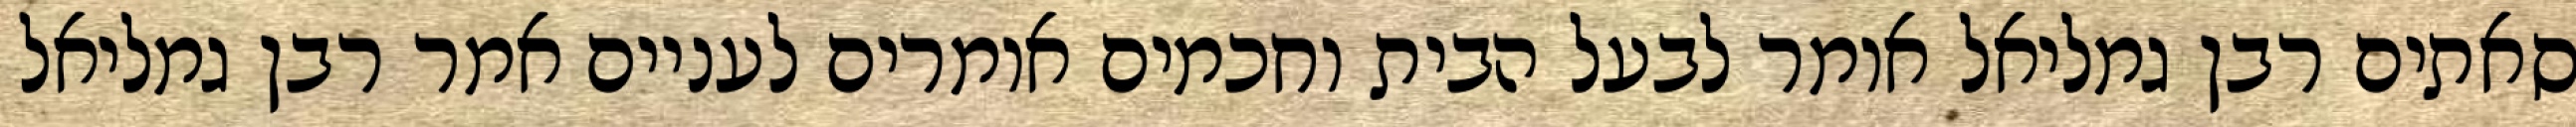
סאתים רבן גמליאל אומר לבעל הבית וחכמים אומרים לעניים אמר רבן גמליאל